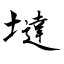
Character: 墶